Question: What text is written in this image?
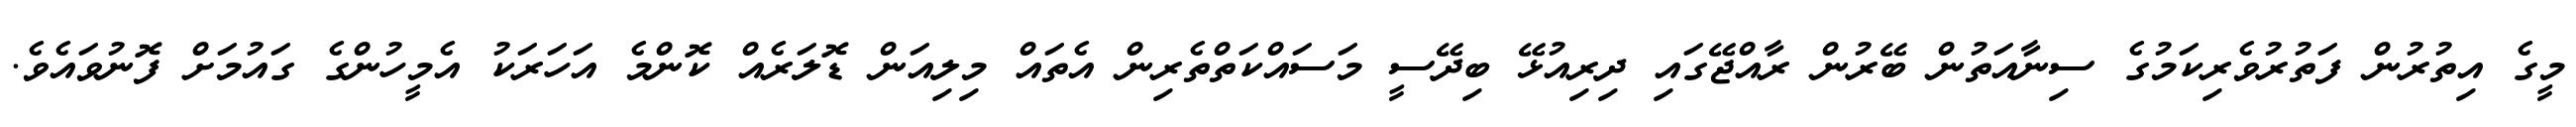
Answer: މީގެ އިތުރުން ފަތުރުވެރިކަމުގެ ސިނާއަތުން ބޭރުން ރާއްޖޭގައި ދިރިއުޅޭ ބިދޭސީ މަސައްކަތްތެރިން އެތައް މިލިއަން ޑޮލަރެއް ކޮންމެ އަހަރަކު އެމީހުންގެ ގައުމަށް ފޮނުވައެވެ.